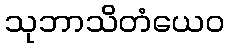
သုဘာသိတံယေဝ